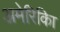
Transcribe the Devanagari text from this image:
अमेरिकिा